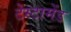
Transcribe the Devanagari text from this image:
टेस्टामेंड